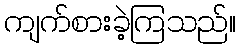
ကျက်စားခဲ့ကြသည်။